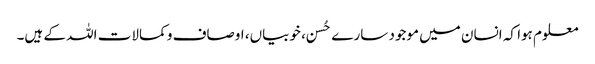
معلوم ہوا کہ انسان میں موجود سارے حُسن، خوبیاں، اوصاف و کمالات اللہ کے ہیں۔